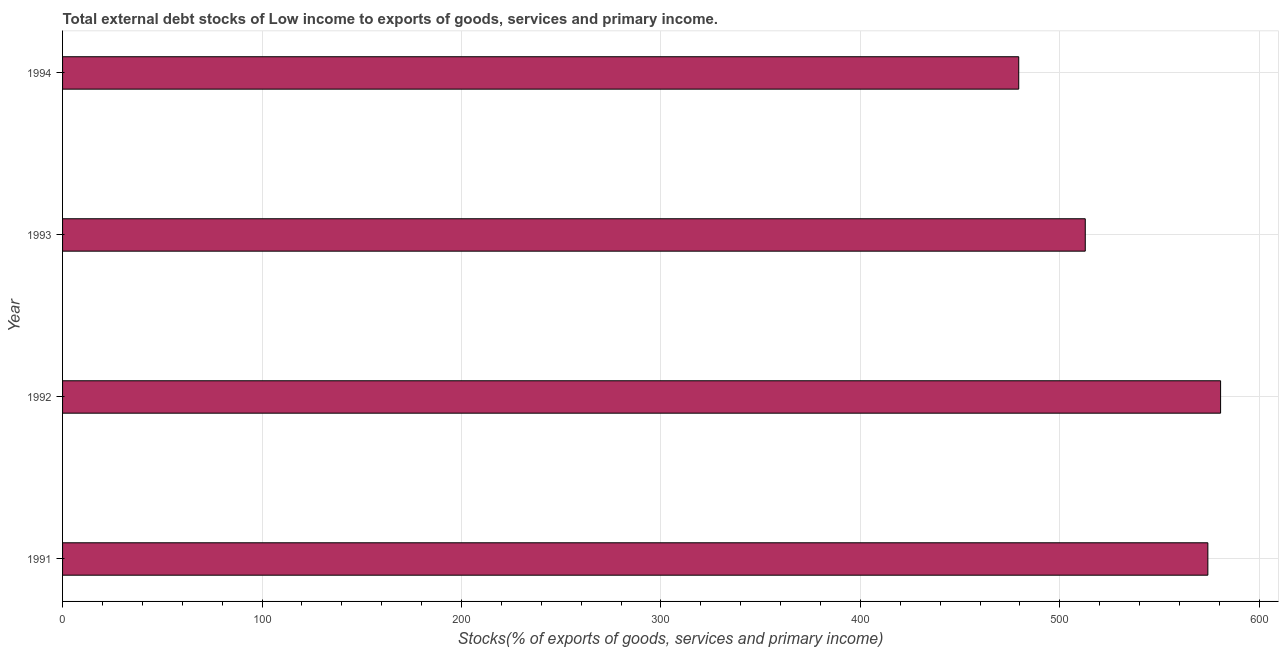
| Year | External debt stocks (% of exports of goods |
 | --- | --- |
 | 1991 | 574 |
 | 1992 | 581 |
 | 1993 | 513 |
 | 1994 | 479 |